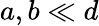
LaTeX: a,b\ll d